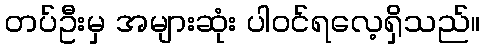
တပ်ဦးမှ အများဆုံး ပါဝင်ရလေ့ရှိသည်။